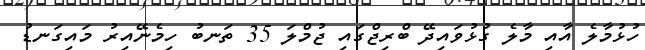
ހުޅުމާލެ އާއި މާލެ ގުޅުވައިދޭ ބްރިޖްގައި ޖުމްލަ 35 ތަނބު ހިމެނޭއިރު މައިގަނޑު